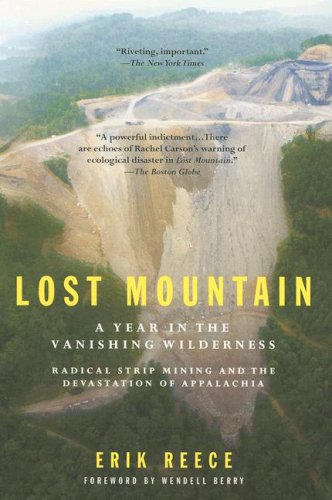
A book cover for Lost Mountain: A Year in the Vanishing Wilderness Radical Strip Mining and the Devastation of Appalachia; Erik Reece; Science & Math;